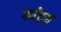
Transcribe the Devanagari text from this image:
फाँट्‌स